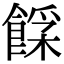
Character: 𩜿